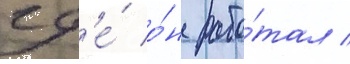
гд'е́ о́н рабо́тал /